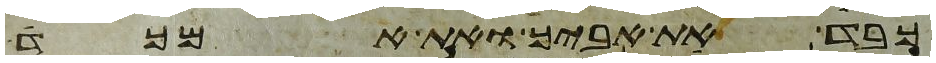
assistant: כבד את אביך ואת אמך